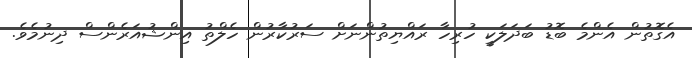
އެގޮތުން އެންމެ ބޮޑު ބަދަލަކީ ހުރިހާ ރައްޔިތުންނަށް ސަރުކާރުން ހެލްތު އިންޝުއަރެންސް ދިނުމެވެ.